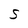
Character: S